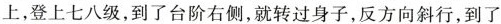
上，登上七八级，到了台阶右侧，就转过身子，反方向斜行，到了